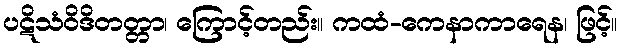
ပဋိသံဝိဒိတတ္တာ၊ ကြောင့်တည်း။ ကထံ-ကေနာကာရေန၊ ဖြင့်။